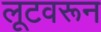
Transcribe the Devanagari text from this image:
लूटवरून